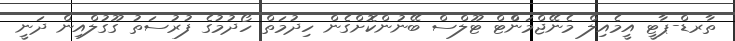
ތާރޑް-ޕާޓީ އީމެއިލް މެނޭޖްމަންްޓް ޓޫލްސް ބޭނުންކޮށްގެން ހިދުމަތް ހޯދުމުގެ ފުރުސަތު ގޫގުލްއިން ދަނީ